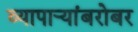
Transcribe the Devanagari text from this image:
व्यापार्‍यांबरोबर